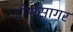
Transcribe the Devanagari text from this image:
द्रोणसागर